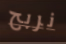
نربح